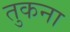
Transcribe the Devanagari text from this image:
तुकना